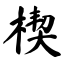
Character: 楔